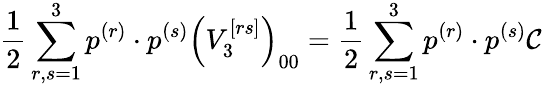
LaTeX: \frac{1}{2}\sum_{r,s=1}^{3}p^{(r)}\cdot p^{(s)}\left(V_{3}^{\left[rs\right]}\right)_{00}=\frac{1}{2}\sum_{r,s=1}^{3}p^{(r)}\cdot p^{(s)}\mathcal{C}